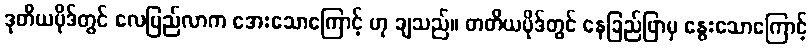
ဒုတိယပိုဒ်တွင် လေပြည်လာက အေးသောကြောင့် ဟု ချသည်။ တတိယပိုဒ်တွင် နေခြည်ဖြာမှ နွေးသောကြောင့်